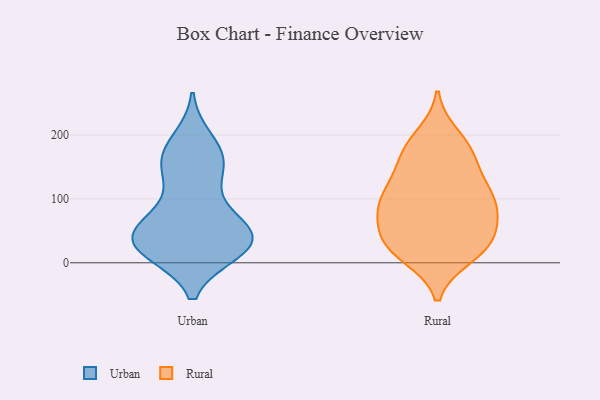
{"axis": {"x": "Bounce Rate (%)", "y": "Value"}, "legend": ["Rural", "Urban"], "data": [{"x": "", "y": 20, "type": "Urban"}, {"x": "", "y": 29, "type": "Urban"}, {"x": "", "y": 41, "type": "Urban"}, {"x": "", "y": 156, "type": "Urban"}, {"x": "", "y": 169, "type": "Urban"}, {"x": "", "y": 144, "type": "Urban"}, {"x": "", "y": 54, "type": "Urban"}, {"x": "", "y": 18, "type": "Urban"}, {"x": "", "y": 33, "type": "Urban"}, {"x": "", "y": 169, "type": "Urban"}, {"x": "", "y": 63, "type": "Urban"}, {"x": "", "y": 191, "type": "Urban"}, {"x": "", "y": 20, "type": "Urban"}, {"x": "", "y": 69, "type": "Urban"}, {"x": "", "y": 29, "type": "Urban"}, {"x": "", "y": 47, "type": "Urban"}, {"x": "", "y": 118, "type": "Urban"}, {"x": "", "y": 29, "type": "Rural"}, {"x": "", "y": 138, "type": "Rural"}, {"x": "", "y": 11, "type": "Rural"}, {"x": "", "y": 198, "type": "Rural"}, {"x": "", "y": 75, "type": "Rural"}, {"x": "", "y": 103, "type": "Rural"}, {"x": "", "y": 176, "type": "Rural"}, {"x": "", "y": 168, "type": "Rural"}, {"x": "", "y": 126, "type": "Rural"}, {"x": "", "y": 31, "type": "Rural"}, {"x": "", "y": 177, "type": "Rural"}, {"x": "", "y": 103, "type": "Rural"}, {"x": "", "y": 45, "type": "Rural"}, {"x": "", "y": 15, "type": "Rural"}, {"x": "", "y": 82, "type": "Rural"}, {"x": "", "y": 87, "type": "Rural"}, {"x": "", "y": 24, "type": "Rural"}, {"x": "", "y": 102, "type": "Rural"}, {"x": "", "y": 57, "type": "Rural"}]}